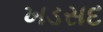
ખડસદ